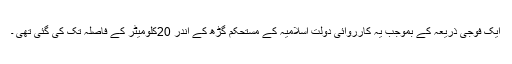
ایک فوجی ذریعہ کے بموجب یہ کارروائی دولت اسلامیہ کے مستحکم گڑھ کے اندر 20کلومیٹر کے فاصلہ تک کی گئی تھی ۔